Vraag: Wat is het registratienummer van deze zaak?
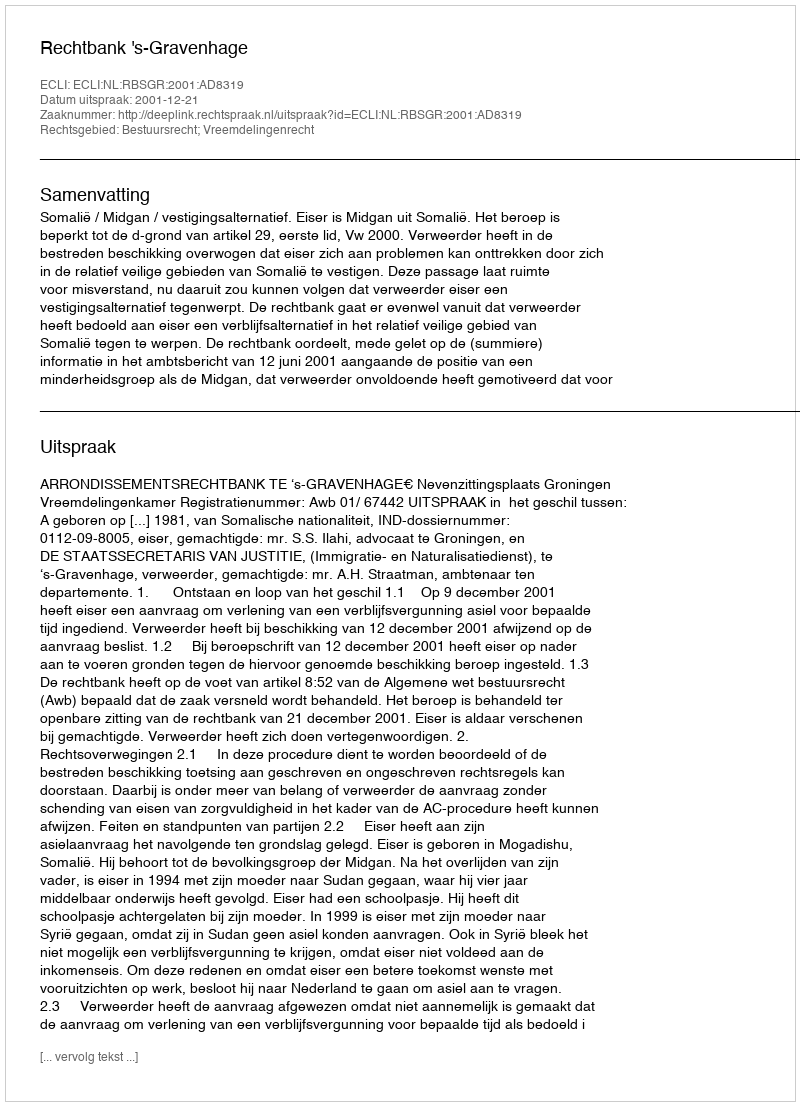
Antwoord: http://deeplink.rechtspraak.nl/uitspraak?id=ECLI:NL:RBSGR:2001:AD8319